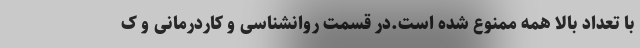
با تعداد بالا همه ممنوع شده است.در قسمت روانشناسی و کاردرمانی و ک